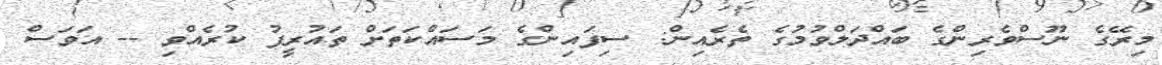
މިރޭގެ ނޫސްވެރިންގެ ބައްދަލްވުމުގެ ތެރެއިން: ސިފައިންގެ މަސައްކަތަށް ތައުރީފު ކުރެއްވި -- އަވަސް